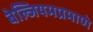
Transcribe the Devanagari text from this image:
बेल्जियमप्रमाणे